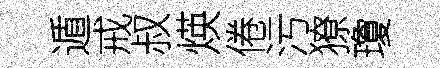
遁戒叔煐倦污獠瓊